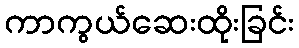
ကာကွယ်ဆေးထိုးခြင်း